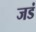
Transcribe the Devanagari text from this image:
जडं